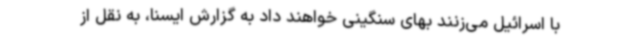
با اسرائیل می‌زنند بهای سنگینی خواهند داد به گزارش ایسنا، به نقل از